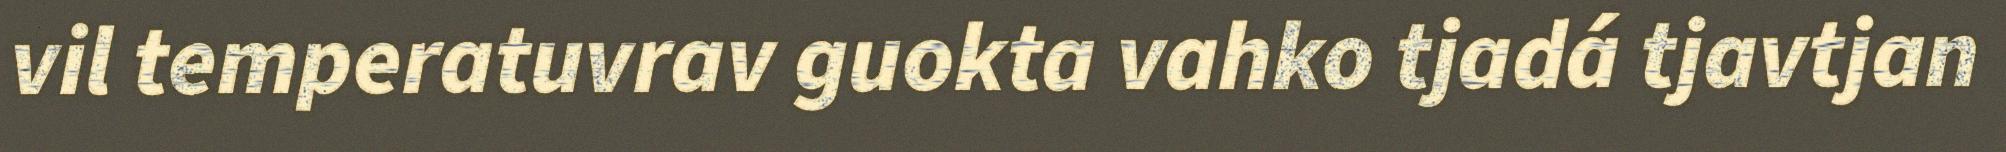
vil temperatuvrav guokta vahko tjadá tjavtjan